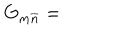
G _ { m \overline { { { n } } } } =